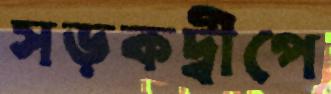
সড়কদ্বীপে